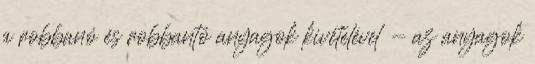
a robbanó és robbantó anyagok kivételével - az anyagok